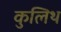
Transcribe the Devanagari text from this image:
कुलिथ